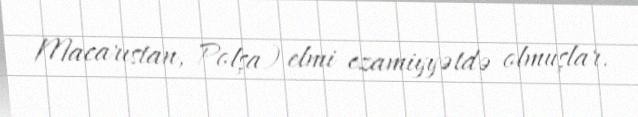
Macarıstan, Polşa) elmi ezamiyyətdə olmuşlar.